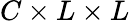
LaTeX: C\times L\times L